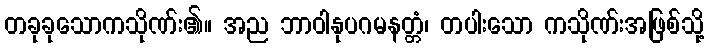
တခုခုသောကသိုဏ်း၏။ အည ဘာဝါနုပဂမနတ္တံ၊ တပါးသော ကသိုဏ်းအဖြစ်သို့